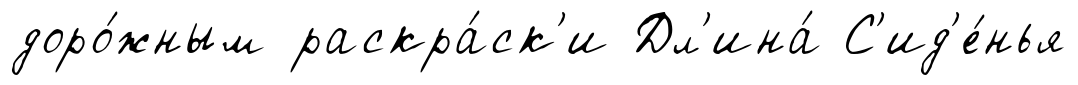
доро́жным раскра́ск'и Дл'ина́ С'ид'е́нья